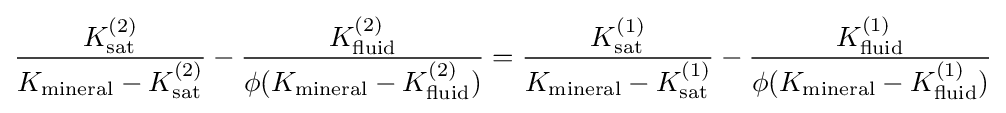
{\frac {K_{\mathrm {sat} }^{(2)}}{K_{\mathrm {mineral} }-K_{\mathrm {sat} }^{(2)}}}-{\frac {K_{\mathrm {fluid} }^{(2)}}{\phi (K_{\mathrm {mineral} }-K_{\mathrm {fluid} }^{(2)})}}={\frac {K_{\mathrm {sat} }^{(1)}}{K_{\mathrm {mineral} }-K_{\mathrm {sat} }^{(1)}}}-{\frac {K_{\mathrm {fluid} }^{(1)}}{\phi (K_{\mathrm {mineral} }-K_{\mathrm {fluid} }^{(1)})}}